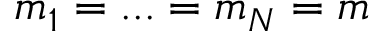
m _ { 1 } = . . . = m _ { N } = m